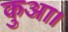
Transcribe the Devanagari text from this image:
कुआ।